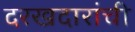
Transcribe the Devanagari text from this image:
दरखदारांची